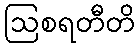
ဩစရတီတိ